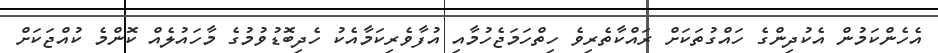
އެހެންކަމުން އެކުދިންގެ ހައްގުތަކަށް ރައްކާތެރިވެ ހިތްހަމަޖެހުމާއި އުފާވެރިކަމާއެކު ހެދިބޮޑުވުމުގެ މާހައުލެއް ކޮންމެ ކުއްޖަކަށް